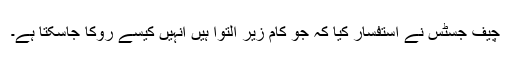
چیف جسٹس نے استفسار کیا کہ جو کام زیر التوا ہیں انہیں کیسے روکا جاسکتا ہے۔